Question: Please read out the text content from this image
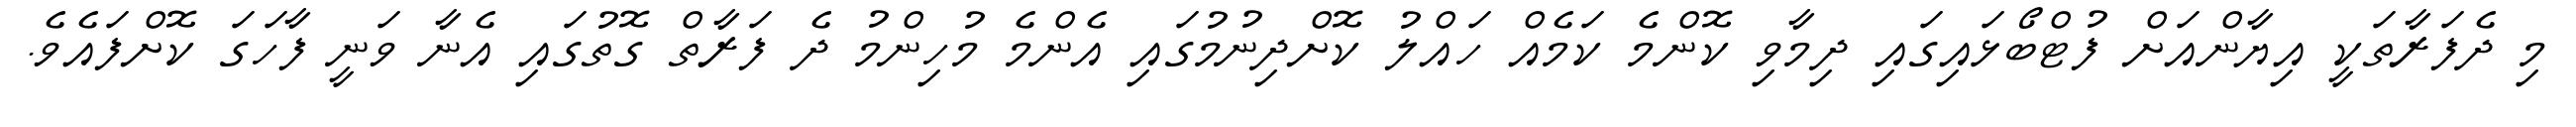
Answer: މި ދެފަރާތަކީ އިޔާންއަށް ފުޓްބޯޅައިގައި ދިމާވި ކޮންމެ ކަމެއް ހައްލު ކޮށްދިނުމުގައި އެންމެ މުހިންމު ދެ ފަރާތް ގޮތުގައި އެނާ ވަނީ ފާހަގަ ކޮށްފައެވެ.